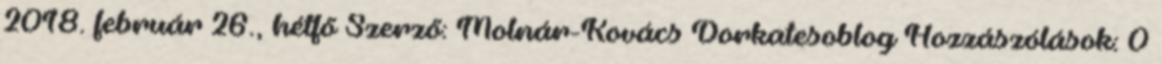
2018. február 26., hétfő Szerző: Molnár-Kovács Dorkatesoblog Hozzászólások: 0